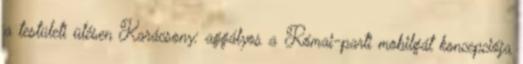
a testületi ülésen Karácsony: aggályos a Római-parti mobilgát koncepciója